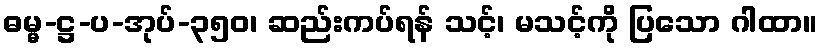
ဓမ္မ-ဋ္ဌ-ပ-အုပ်-၃၅၀၊ ဆည်းကပ်ရန် သင့်၊ မသင့်ကို ပြသော ဂါထာ။